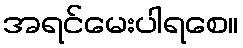
အရင်မေးပါရစေ။